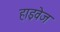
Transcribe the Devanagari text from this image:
हाइवेज